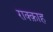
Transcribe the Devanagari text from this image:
राक्क़ाह